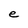
Character: e